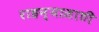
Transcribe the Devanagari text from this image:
राहन्यासाठी